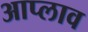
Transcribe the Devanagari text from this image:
आप्लाव